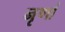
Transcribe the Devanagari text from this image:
नृणां